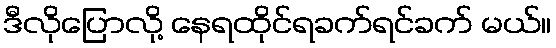
ဒီလိုပြောလို့ နေရထိုင်ရခက်ရင်ခက် မယ်။